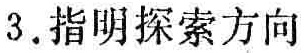
3. 指明探索方向